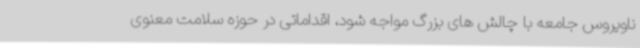
ناویروس جامعه با چالش های بزرگ مواجه شود، اقداماتی در حوزه سلامت معنوی